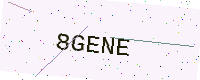
Text: 8GENE